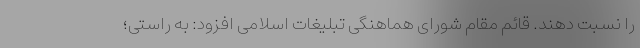
را نسبت دهند. قائم مقام شورای هماهنگی تبلیغات اسلامی افزود: به راستی؛